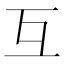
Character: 互